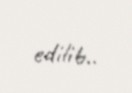
edilib..